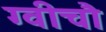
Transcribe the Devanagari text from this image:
ग्वीचौ